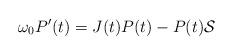
LaTeX: \begin{align*}\omega_0 P'(t) = J(t)P(t)- P(t)\mathcal{S}\end{align*}